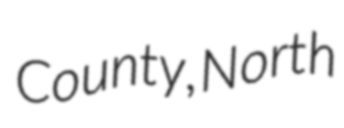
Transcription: County, North